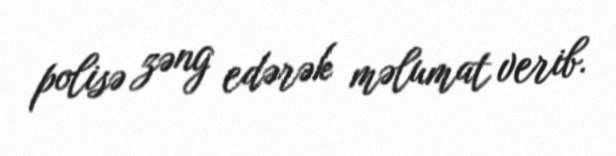
polisə zəng edərək məlumat verib.